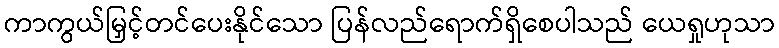
ကာကွယ်မြှင့်တင်ပေးနိုင်သော ပြန်လည်ရောက်ရှိစေပါသည် ယေရှုဟုသာ